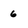
Character: 6